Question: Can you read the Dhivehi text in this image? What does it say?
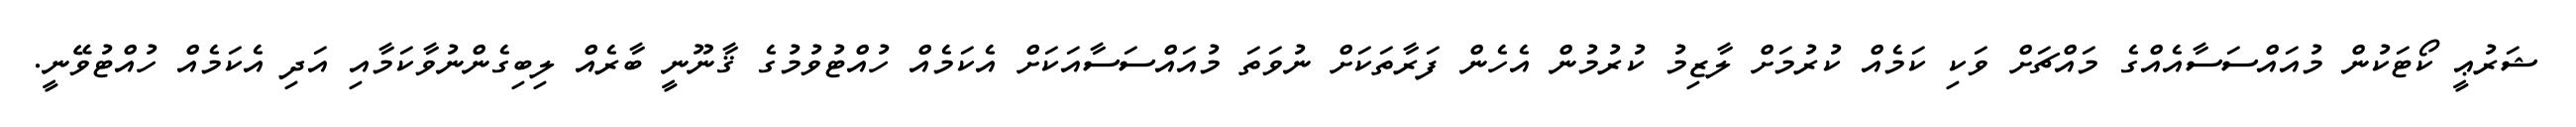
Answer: ޝަރުޢީ ކޯޓަކުން މުއައްސަސާއެއްގެ މައްޗަށް ވަކި ކަމެއް ކުރުމަށް ލާޒިމު ކުރުމުން އެހެން ފަރާތަކަށް ނުވަތަ މުއައްސަސާއަކަށް އެކަމެއް ހުއްޓުވުމުގެ ޤާނޫނީ ބާރެއް ލިބިގެންނުވާކަމާއި އަދި އެކަމެއް ހުއްޓުވޭނީ.